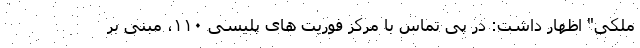
ملکی" اظهار داشت: در پی تماس با مرکز فوریت های پلیسی ۱۱۰، مبنی بر